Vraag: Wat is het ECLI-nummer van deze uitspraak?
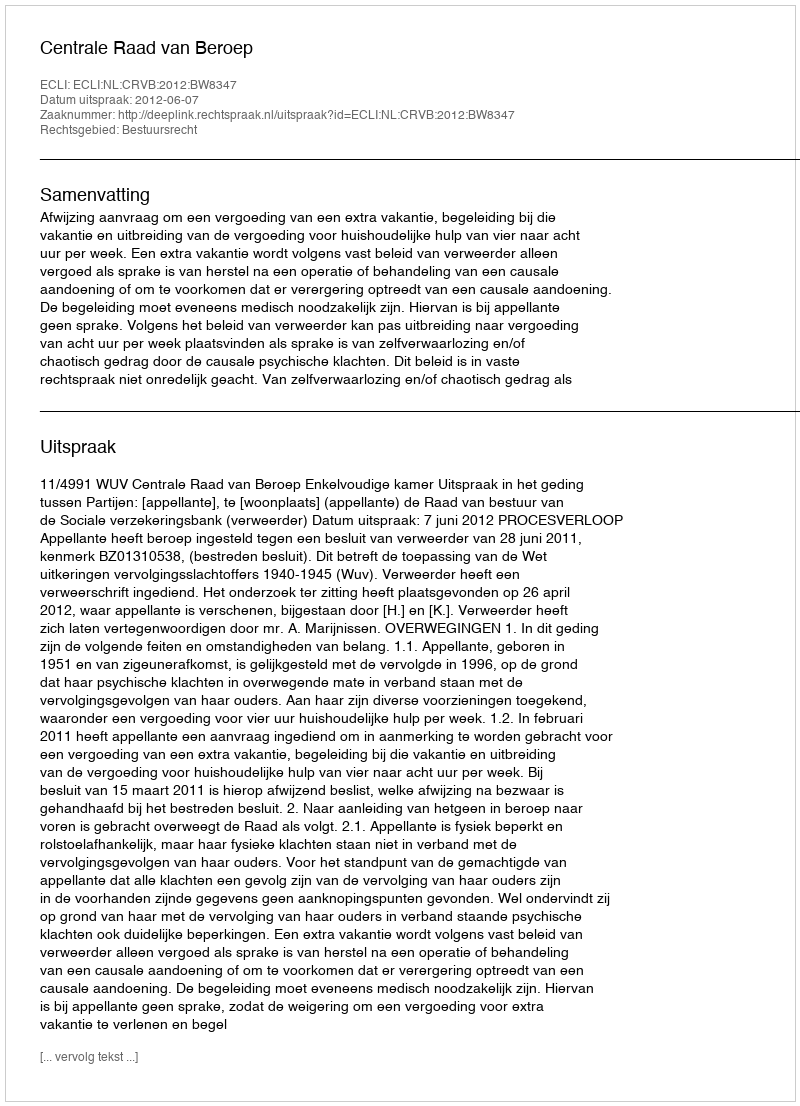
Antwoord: ECLI:NL:CRVB:2012:BW8347